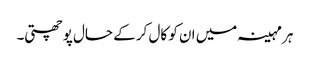
ہر مہینہ میں ان کو کال کر کے حال پوچھتی۔